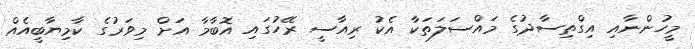
މީހުންނާއި އިގްތިސާދުގެ މައްސަލަތަކާ އެކު ރިއާސީ ރޭހުގައި އޮބާމާ އަށް މިވަރުގެ ކާމިޔާބީއެއް